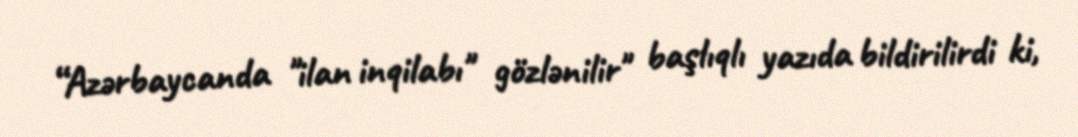
“Azərbaycanda "ilan inqilabı" gözlənilir" başlıqlı yazıda bildirilirdi ki,